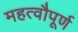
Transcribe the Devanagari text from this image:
महत्वौपूर्ण